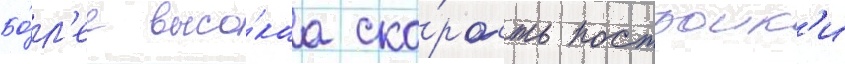
Бо́л'ее высо́каа ско́рость построик'и